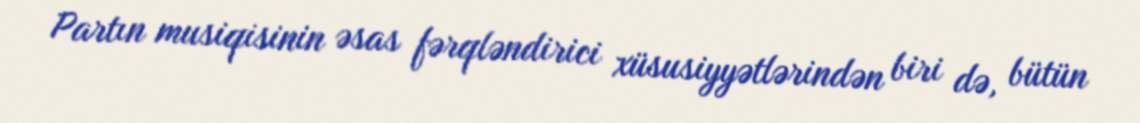
Partın musiqisinin əsas fərqləndirici xüsusiyyətlərindən biri də, bütün